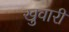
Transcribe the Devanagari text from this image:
खुवारी